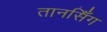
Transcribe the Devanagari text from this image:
तानसिँग